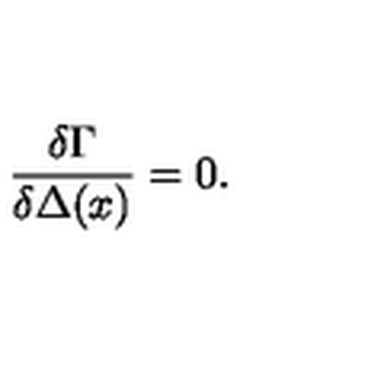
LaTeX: \frac { \delta \Gamma } { \delta \Delta ( x ) } = 0 .